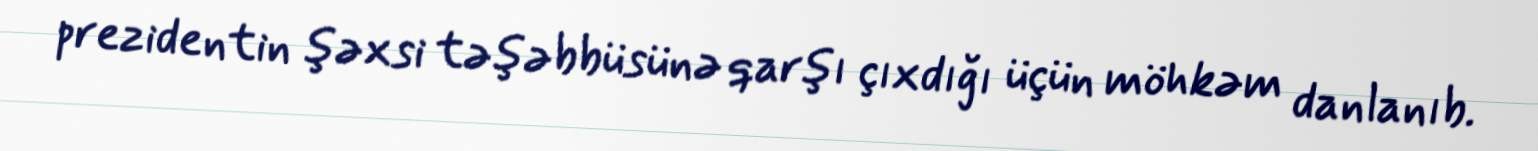
prezidentin şəxsi təşəbbüsünə qarşı çıxdığı üçün möhkəm danlanıb.